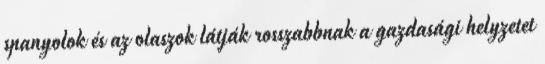
spanyolok és az olaszok látják rosszabbnak a gazdasági helyzetet